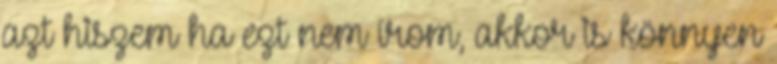
azt hiszem ha ezt nem írom, akkor is könnyen